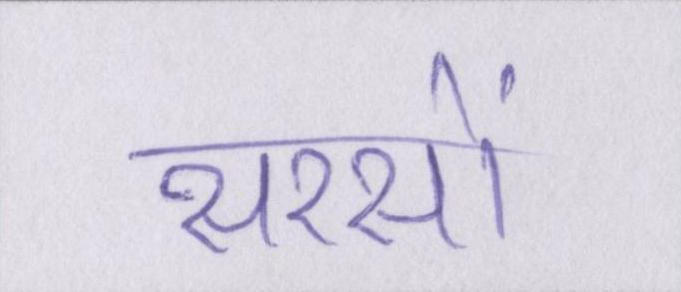
सरसों